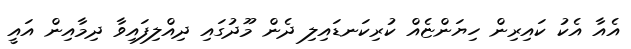
އެއާ އެކު ކައިރިން ހިޔަންޏެއް ކުރިކަނޑައިލި ދެން މޫދުގައި ދިއްލިފައިވާ ދިމާއިން އައީ